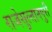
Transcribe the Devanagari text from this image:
राजेसुल्तानपुरी